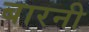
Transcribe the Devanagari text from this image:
बारनी